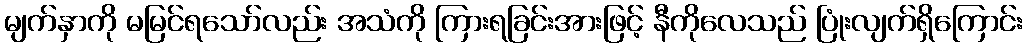
မျက်နှာကို မမြင်ရသော်လည်း အသံကို ကြားရခြင်းအားဖြင့် နီကိုလေသည် ပြုံးလျက်ရှိကြောင်း